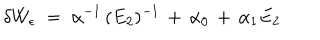
LaTeX: \delta W _ { \epsilon } \; = \; \alpha ^ { - 1 } \, ( E _ { 2 } ) ^ { - 1 } \, + \, \alpha _ { 0 } \, + \, \alpha _ { 1 } E _ { 2 }